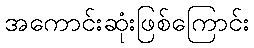
အကောင်းဆုံးဖြစ်ကြောင်း